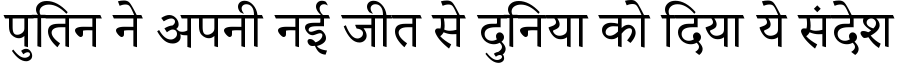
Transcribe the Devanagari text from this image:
पुतिन ने अपनी नई जीत से दुनिया को दिया ये संदेश